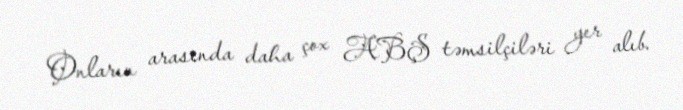
Onların arasında daha çox ABŞ təmsilçiləri yer alıb.